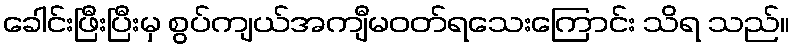
ခေါင်းဖြီးပြီးမှ စွပ်ကျယ်အကျီမဝတ်ရသေးကြောင်း သိရ သည်။